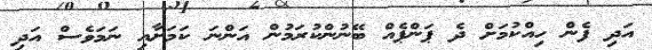
އަދި ފެން ހިއްކުމަށް ދެ ޕަންޕެއް ބޭނުންކުރަމުން އަންނަ ކަމަށާއި ނަމަވެސް އަދި